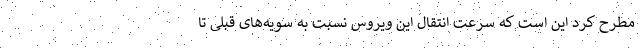
مطرح کرد این است که سرعت انتقال این ویروس نسبت به سویه‌های قبلی تا